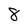
Character: 8